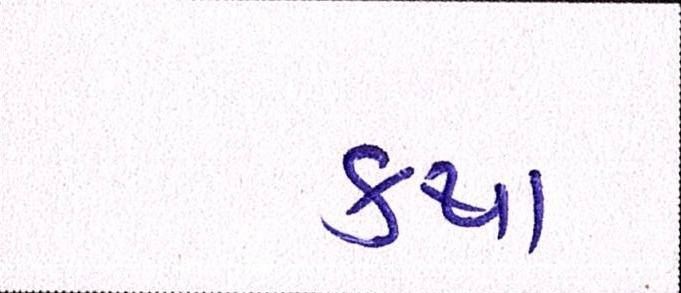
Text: કથા